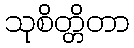
သုစိတ္တိတာ